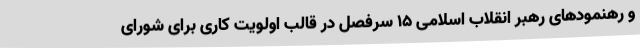
و رهنمودهای رهبر انقلاب اسلامی 15 سرفصل در قالب اولویت کاری برای شورای